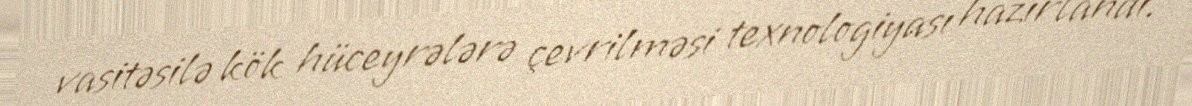
vasitəsilə kök hüceyrələrə çevrilməsi texnologiyası hazırlandı.